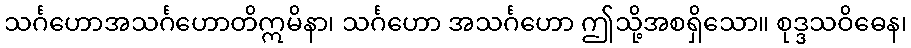
သင်္ဂဟောအသင်္ဂဟောတိဣမိနာ၊ သင်္ဂဟော အသင်္ဂဟော ဤသို့အစရှိသော။ စုဒ္ဒသဝိဓေန၊